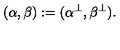
( \alpha , \beta ) : = ( \alpha ^ { \bot } , \beta ^ { \bot } ) .